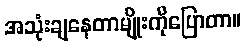
အသုံးချနေတာမျိုးကိုပြောတာ။